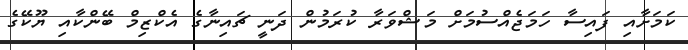
ކަމަށާއި ފައިސާ ހަމަޖެއްސުމަށް މަޝްވަރާ ކުރަމުން ދަނީ ޗައިނާގެ އެކްޒިމް ބޭންކާއި ޔޫކޭގެ